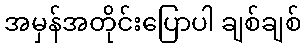
အမှန်အတိုင်းပြောပါ ချစ်ချစ်